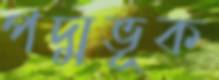
পদ্মভূক